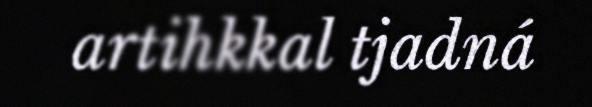
artihkkal tjadná